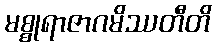
မစ္စုရာဇာဂမိဿတီတိ